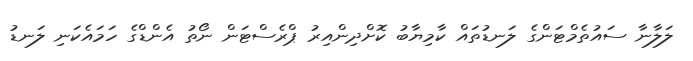
ލަލާނާ ސައުތެމްޓަންގެ ލަނޑުތައް ކާމިޔާބު ކޮށްދިންއިރު ޕްރެސްޓަން ނޯތު އެންޑްގެ ހަމައެކަނި ލަނޑު